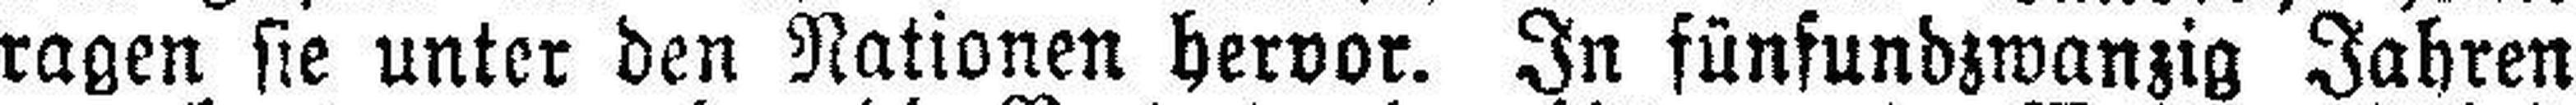
ragen sie unter den Nationen hervor. In fünfundzwanzig Jahren